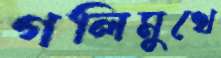
গলিমুখে